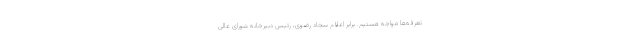
تعرفه‌ها مواجه هستیم. برابر اعلام سجاد رضوی، رئیس دبیرخانه شورای عالی